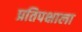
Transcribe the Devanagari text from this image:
प्रतिपक्षाला